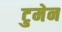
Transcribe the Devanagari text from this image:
टुमेन